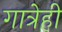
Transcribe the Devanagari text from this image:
गात्रेही